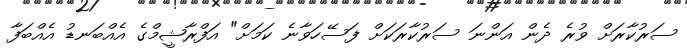
ސަރުކާރަށް ވުރެ ދެން އަންނަ ސަރުކާރަކަށް ފަސޭހަވާނެ ކަމަށް" އަފްރާޝީމްގެ އެއްބަނޑު އެއްބަފާ